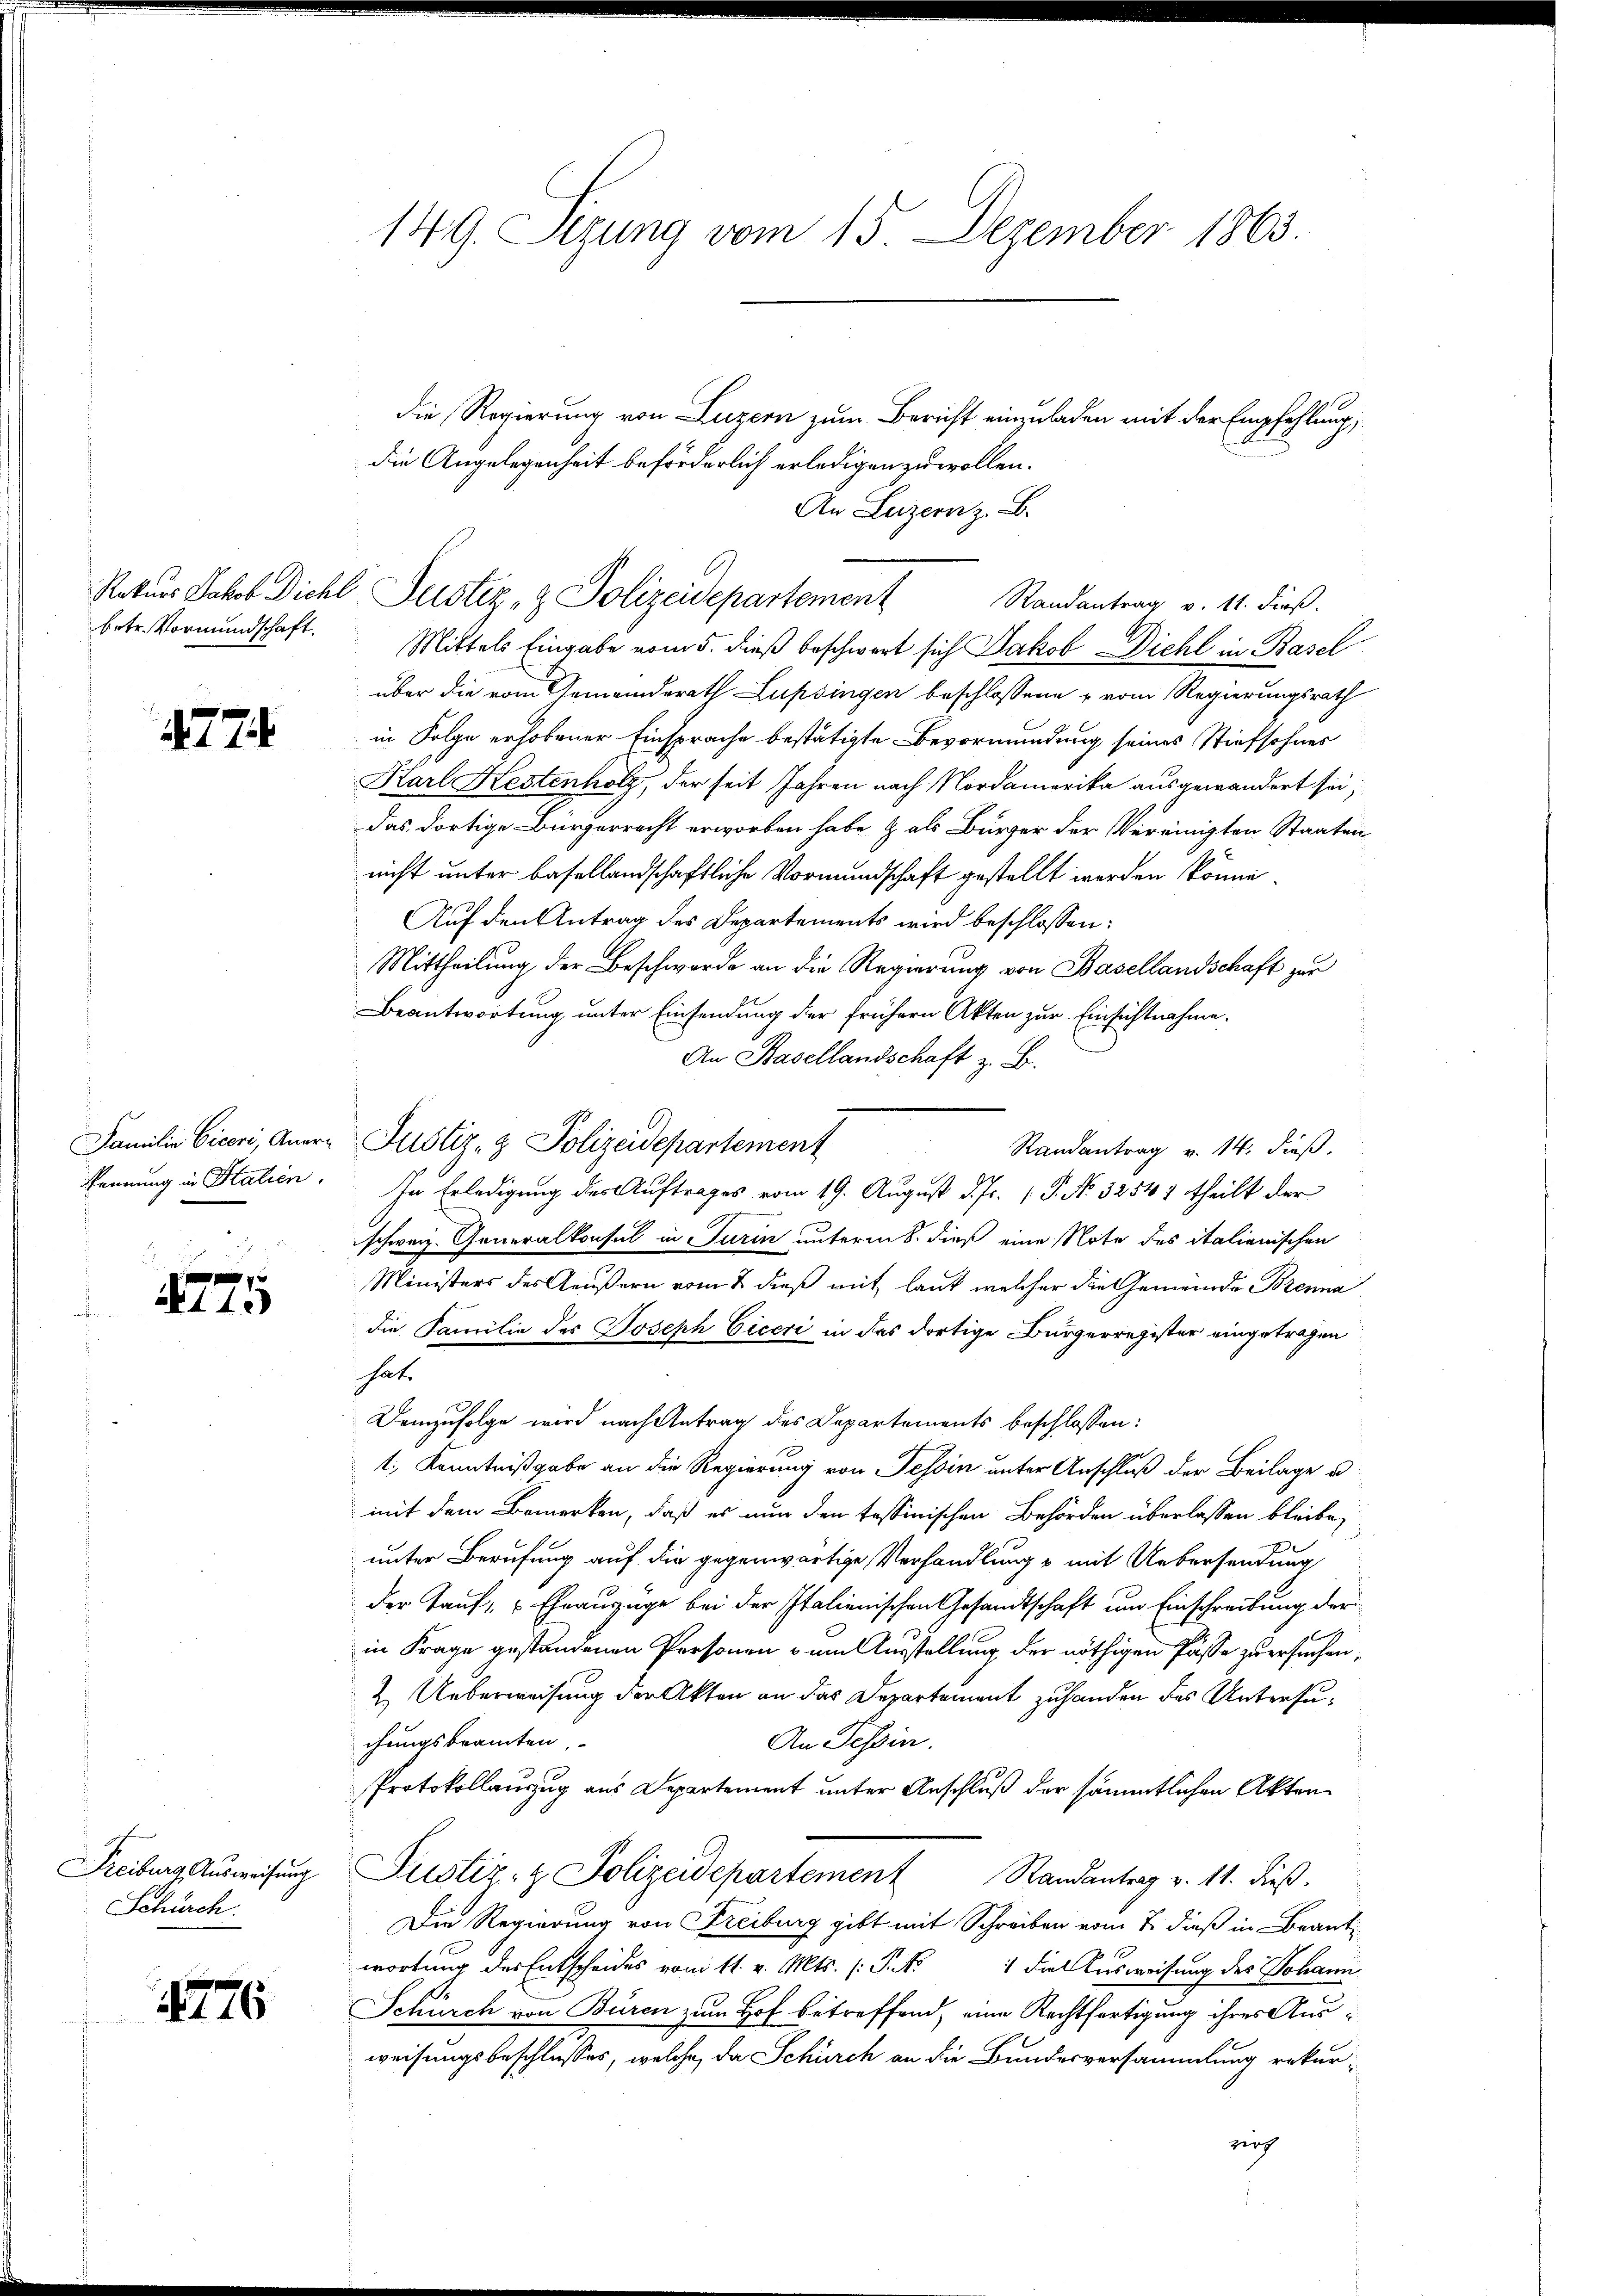
betr. Vormundschaft.

1774.

Familie Ciceri, Anerkennung in Stalien.

f
A115

Freiburg Ausweisung
Schürch.

1776

149. Sezung vom 15. Dezember 1863.

die Regierung von Luzern zum Bericht einzuladen mit der Empfehlung
die Angelegenheit beförderlich erledigen zu wollen.
An Luzern z. B.
Mittels Eingabe vom 5. dieß beschwert sich Jakob Dichl in Basel
über die vom Gemeinderath Lupsingen beschlossene u vom Regierungsrath
in Folge erhobener Einsprache bestätigte Bevormundung seines Stiefsohnes
Karl Kestenholz, der seit Jahren nach Nordamerika ausgewandert sei;
das dortige Bürgerrecht erworben habe & als Bürger der Vereinigten Staatennicht unter basellandschaftliche Vormundschaft gestellt werden könne.
Auf den Antrag des Departements wird beschlossen:
Mittheilung der Beschwerde an die Regierung von Basellandschaft zur
Beantwortung unter Einsendung der frühern Akten zur Einsichtnahme.
An Basellandschaft z. B.
Justiz- & Polizeidepartement
Randantrag v. 14. dieß.
In Erledigung des Auftrages vom 19. August d. Js. [ P. No. 32547 theilt der
schweiz. Generalkonsul in Turin unterm 8. dieß eine Note des italienischen
Ministers des Aeußern vom 2. dieß mit laut welcher die Gemeinde Brenna
die Familie des Joseph Ciceri in das dortige Bürgerregister eingetragen
hat.
.
Demzufolge wird nach Antrag des Departements beschlossen:
t, Kenntnißgabe an die Regierung von Tessin unter Anschluß der Beilage u
mit dem Bemerken, daß es nun den tessinischen Behörden überlassen bleibe,
unter Berufung auf die gegenwärtige Verhandlung & mit Uebersendung
der Tauf- "Ehrauszüge bei der Italienischen Gesandtschaft um Einschreibung der
in Frage gestandenen Personen & um Ausstellung der nöthigen Pässe zu ersuchen,
2. Ueberweisung der Akten an das Departement zu handen des Untersuchungsbeamten,
An Tessin.
Protokollauszug aus Departement unter Anschluß der sämmtlichen Akten
Justiz- & Polizeidepartement Randantrag v. 11. dieß.
Die Regierung von Freiburg gibt mit Schreiben vom 2. dieß in Beantwortung des Entscheides vom 11. v. Mts. (: P. Nr. 1 die Ausweisung des Johann
Schürch von Buren zum Hof betreffend, eine Rechtfertigung ihres Ausweisungsbeschlusses, welche, da Schürch an die Bundesversammlung rekurzirh

Rekurs Jakob Dichl Justiz- & Polizeidepartement

Randantrag v. 11. dieß.